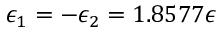
\epsilon _ { 1 } = - \epsilon _ { 2 } = 1 . 8 5 7 7 \epsilon